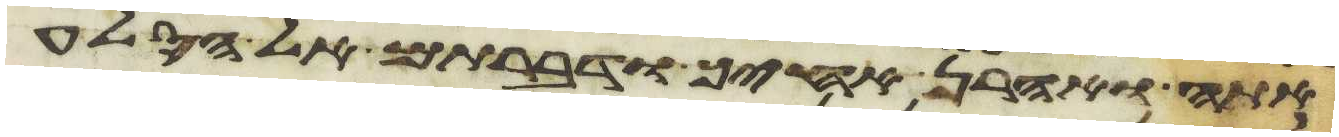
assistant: אתה ואהרן אחיך ודברתם אל הסלע